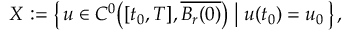
X : = \left\{ \, u \in C ^ { 0 } \big ( [ t _ { 0 } , T ] , \overline { { B _ { r } ( 0 ) } } \big ) \; \big \vert \; u ( t _ { 0 } ) = u _ { 0 } \, \right\} ,